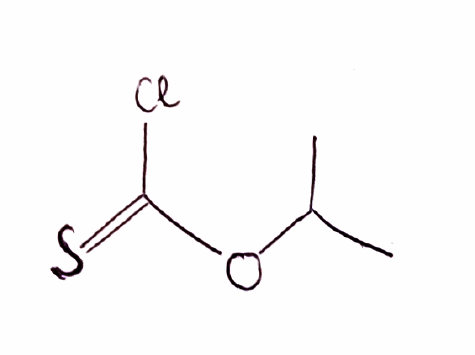
Simplified molecular-input line-entry system (SMILES) notation of the given molecule:
CC(C)OC(=S)Cl